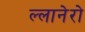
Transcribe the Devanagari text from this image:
ल्लानेरो